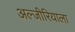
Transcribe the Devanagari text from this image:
अल्जीरियाला